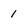
Character: 1